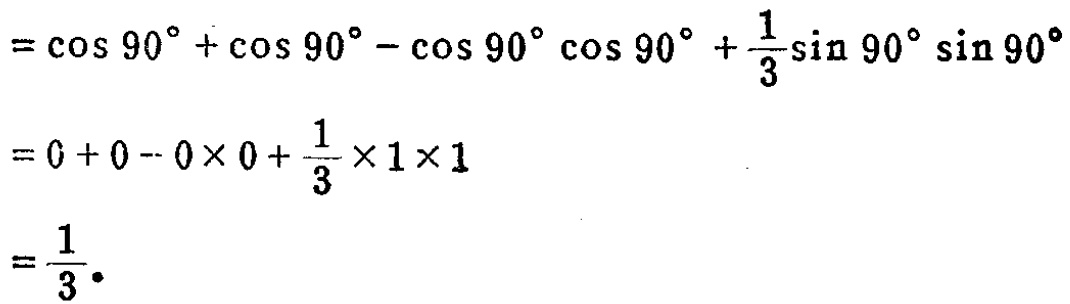
\[
\begin{align*}
&=\cos 90^{\circ}+\cos 90^{\circ}-\cos 90^{\circ}\cos 90^{\circ}+\frac{1}{3}\sin 90^{\circ}\sin 90^{\circ}\\
&=0 + 0-0\times 0+\frac{1}{3}\times 1\times 1\\
&=\frac{1}{3} \cdot
\end{align*}
\]